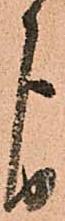
ゟ